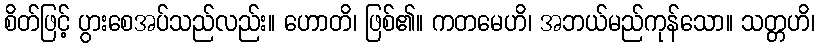
စိတ်ဖြင့် ပွားစေအပ်သည်လည်း။ ဟောတိ၊ ဖြစ်၏။ ကတမေဟိ၊ အဘယ်မည်ကုန်သော။ သတ္တဟိ၊